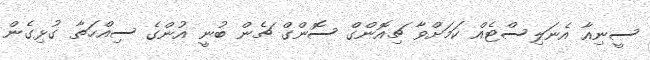
ސީނިއާ އެނަލިސްޓެއް ކަމަށްވާ ޗިއޮންގް ސޮންގް ޗެން ބުނީ އުންގެ ސިއްހަތާ ގުޅިގެން